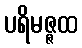
ပရိမဇ္ဇထ